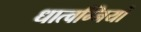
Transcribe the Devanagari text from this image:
धात्वग्नियों